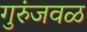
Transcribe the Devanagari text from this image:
गुरुंजवळ